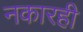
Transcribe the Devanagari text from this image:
नकारही